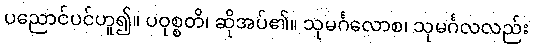
ပညောင်ပင်ဟူ၍။ ပဝုစ္စတိ၊ ဆိုအပ်၏။ သုမင်္ဂလောစ၊ သုမင်္ဂလလည်း